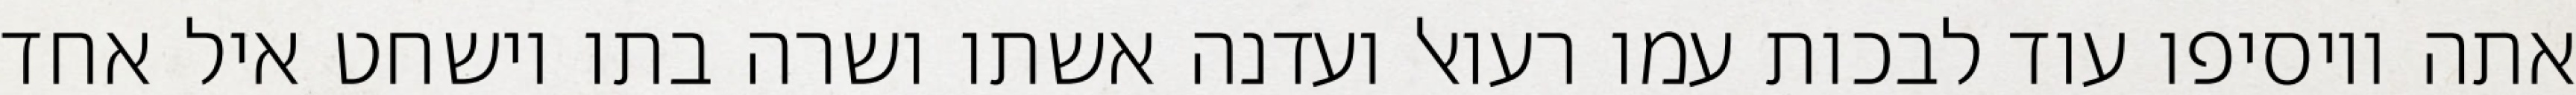
אתה ויוסיפו עוד לבכות עמו רעואל ועדנה אשתו ושרה בתו וישחט איל אחד